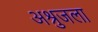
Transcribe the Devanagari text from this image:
अश्रुजला